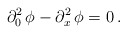
\begin{align*}\partial^2_0 \, \phi - \partial^2_x \, \phi = 0 \, .\end{align*}